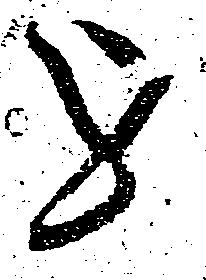
を